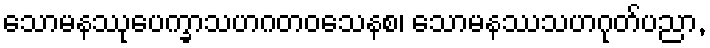
သောမနဿုပေက္ခာသဟဂတဝသေနစ၊ သောမနဿသဟဂုတ်ပညာ,